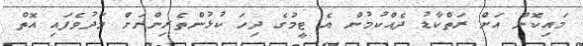
މައިކޮން އަށް ރަތްކާޑު ދެއްކުމުން އެ ޓީމުގެ ދިހަ ކުޅުންތެރިންނަށް މަދުވެފައި އޮތް